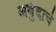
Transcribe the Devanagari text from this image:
अर्बुदाचे